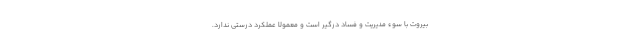
بیروت با سوء مدیریت و فساد درگیر است و معمولا عملکرد درستی ندارد.